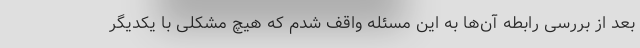
بعد از بررسی رابطه آن‌ها به این مسئله واقف شدم که هیچ مشکلی با یکدیگر